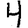
Digit: 4